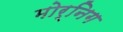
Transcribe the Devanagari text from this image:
मोर्निग